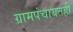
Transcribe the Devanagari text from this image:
ग्रामपंचायतही